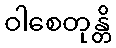
ဝါစေတုန္တိ